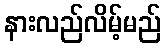
နားလည်လိမ့်မည်